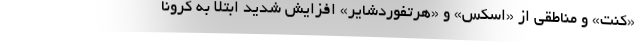
«کنت» و مناطقی از «اسکس» و «هرتفوردشایر» افزایش شدید ابتلا به کرونا